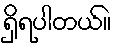
ရှိရပါတယ်။